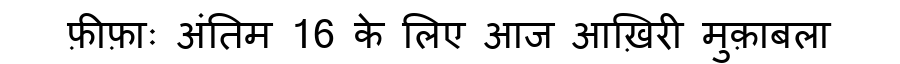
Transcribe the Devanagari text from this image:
फ़ीफ़ाः अंतिम 16 के लिए आज आख़िरी मुक़ाबला